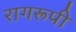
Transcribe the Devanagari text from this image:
रागरूपी